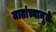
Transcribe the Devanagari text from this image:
मातांच्यामुळे